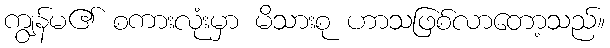
ကျွန်မ၏ စကားလုံးမှာ မိသားစု ဟာသဖြစ်လာတော့သည်။